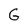
Character: G